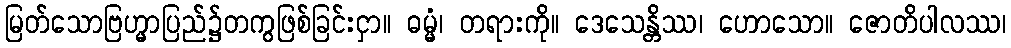
မြတ်သောဗြဟ္မာပြည်၌တကွဖြစ်ခြင်းငှာ။ ဓမ္မံ၊ တရားကို။ ဒေသေန္တိဿ၊ ဟောသော။ ဇောတိပါလဿ၊